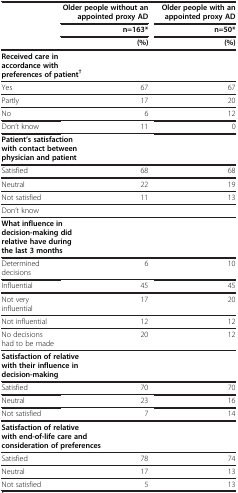
<table><thead><tr><td rowspan="3">[EMPTY_CELL]</td><td><b>Older people without an appointed proxy AD</b></td><td><b>Older people with an appointed proxy AD</b></td></tr><tr><td><b>n=163*</b></td><td><b>n=50*</b></td></tr><tr><td><b>(%)</b></td><td><b>(%)</b></td></tr></thead><tbody><tr><td colspan="3"><b>Received care in accordance with preferences of patient</b><sup><b>†</b></sup></td></tr><tr><td>Yes</td><td>67</td><td>67</td></tr><tr><td>Partly</td><td>17</td><td>20</td></tr><tr><td>No</td><td>6</td><td>12</td></tr><tr><td>Don’t know</td><td>11</td><td>0</td></tr><tr><td colspan="3"><b>Patient’s satisfaction with contact between physician and patient</b></td></tr><tr><td>Satisfied</td><td>68</td><td>68</td></tr><tr><td>Neutral</td><td>22</td><td>19</td></tr><tr><td>Not satisfied</td><td>11</td><td>13</td></tr><tr><td>Don’t know</td><td>[EMPTY_CELL]</td><td>[EMPTY_CELL]</td></tr><tr><td colspan="3"><b>What influence in decision-making did relative have during the last 3 months</b></td></tr><tr><td>Determined decisions</td><td>6</td><td>10</td></tr><tr><td>Influential</td><td>45</td><td>45</td></tr><tr><td>Not very influential</td><td>17</td><td>20</td></tr><tr><td>Not influential</td><td>12</td><td>12</td></tr><tr><td>No decisions had to be made</td><td>20</td><td>12</td></tr><tr><td colspan="3"><b>Satisfaction of relative with their influence in decision-making</b></td></tr><tr><td>Satisfied</td><td>70</td><td>70</td></tr><tr><td>Neutral</td><td>23</td><td>16</td></tr><tr><td>Not satisfied</td><td>7</td><td>14</td></tr><tr><td colspan="3"><b>Satisfaction of relative with end-of-life care and consideration of preferences</b></td></tr><tr><td>Satisfied</td><td>78</td><td>74</td></tr><tr><td>Neutral</td><td>17</td><td>13</td></tr><tr><td>Not satisfied</td><td>5</td><td>13</td></tr></tbody></table>